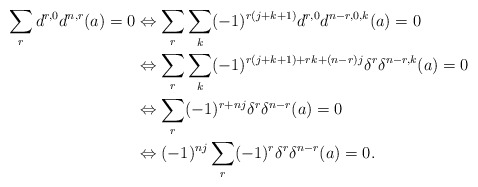
\begin{align*}\sum_r d^{r,0}d^{n,r}(a)=0 &\Leftrightarrow \sum_r\sum_k (-1)^{r(j+k+1)} d^{r,0}d^{n-r,0,k}(a)=0\\&\Leftrightarrow \sum_r \sum_k (-1)^{r(j+k+1)+rk+(n-r)j} \delta^r \delta^{n-r,k}(a)=0\\&\Leftrightarrow \sum_r (-1)^{r+nj} \delta^r \delta^{n-r}(a)=0\\&\Leftrightarrow (-1)^{nj} \sum_r (-1)^r \delta^r\delta^{n-r}(a)=0.\\\end{align*}